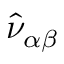
\hat { \nu } _ { \alpha \beta }